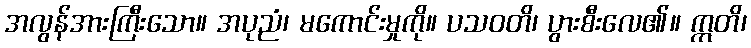
အလွန်အားကြီးသော။ အပုညံ၊ မကောင်းမှုကို။ ပသဝတိ၊ ပွားစီးလေ၏။ ဣတိ၊